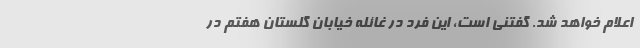
اعلام خواهد شد. گفتنی است، این فرد در غائله خیابان گلستان هفتم در